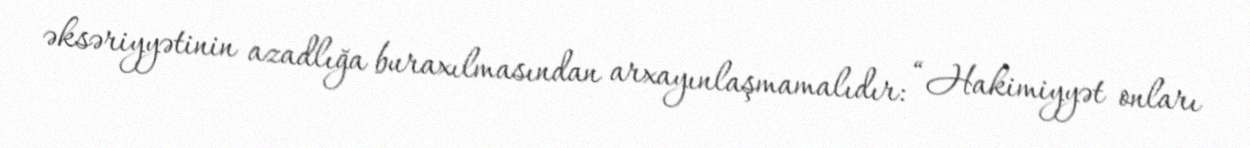
əksəriyyətinin azadlığa buraxılmasından arxayınlaşmamalıdır: “Hakimiyyət onları